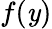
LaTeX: f(\mathit{y})